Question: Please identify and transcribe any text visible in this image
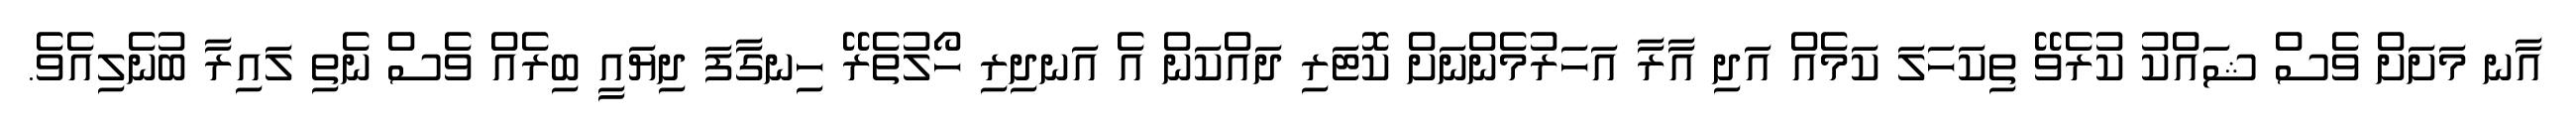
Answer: އާނ މަށަށް ވެސް ޝައްކު ކުރެވޭ ތިކަހަލަ ކަމެއް އަދި އާރާ އަހަރުމެންނަށް ކޮޓަރި ދައްކަން އެ އަނދިރި ހޯލުތެރޭ ހިނގާފަ ދިޔައީ ބިރެއް ވެސް ނެތި ލައިރާ ބުނެލިއެވެ.